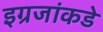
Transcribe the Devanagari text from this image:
इग्रजांकडे